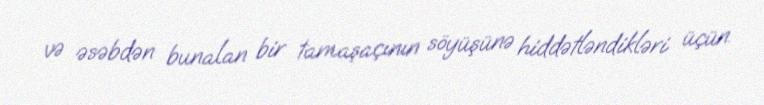
və əsəbdən bunalan bir tamaşaçının söyüşünə hiddətləndikləri üçün.